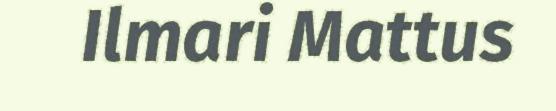
Ilmari Mattus